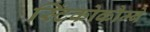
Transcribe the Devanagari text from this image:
स्टिंकोकौम्बे